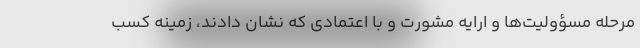
مرحله مسؤولیت‌ها و ارایه مشورت و با اعتمادی که نشان دادند، زمینه کسب